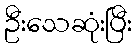
ဦးသေဆုံးပြီး